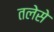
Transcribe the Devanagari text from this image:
तलेसे